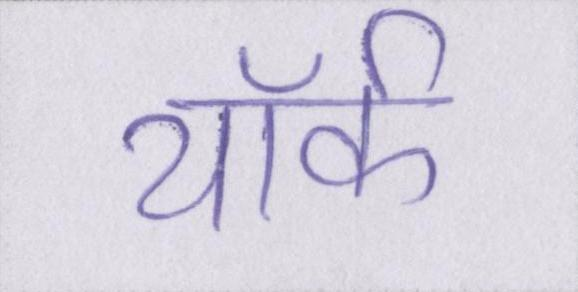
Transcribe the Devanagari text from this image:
यॉर्क